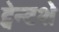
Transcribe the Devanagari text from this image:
ट्वेन्टशे